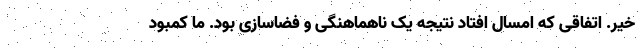
خیر. اتفاقی که امسال افتاد نتیجه یک ناهماهنگی و فضاسازی بود. ما کمبود